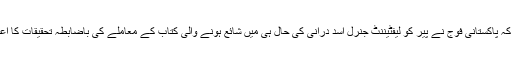
خیال رہے کہ پاکستانی فوج نے پیر کو لیفٹیننٹ جنرل اسد درانی کی حال ہی میں شائع ہونے والی کتاب کے معاملے کی باضابطہ تحقیقات کا اعلان کیا تھا۔